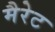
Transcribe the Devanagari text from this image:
मैरेट